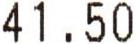
41.50